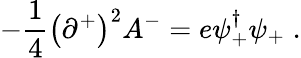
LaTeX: -{\frac{1}{4}}\bigl(\partial^{+}\bigr)^{2}A^{-}=e\psi_{+}^{\dagger}\psi_{+}\; .